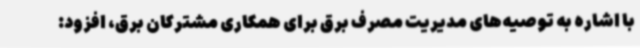
با اشاره به توصیه‌های مدیریت مصرف برق برای همکاری مشترکان برق، افزود: